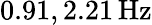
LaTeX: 0.91,2.21\, \mathrm{Hz}